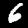
Digit: 6